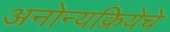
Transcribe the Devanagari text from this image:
अनोन्यक्रियेचे